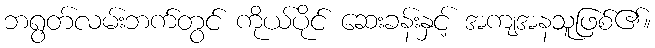
ဘရွတ်လမ်းဘက်တွင် ကိုယ်ပိုင် ဆေးခန်းနှင့် အကျအနသူဖြစ်၏။